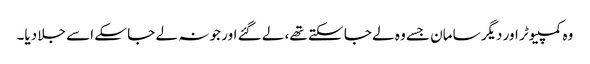
وہ کمپیوٹر اور دیگر سامان جسے وہ لے جا سکتے تھے، لے گئے اور جو نہ لے جا سکے اسے جلا دیا۔